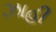
ઝાહી